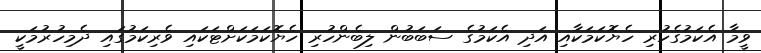
ވީމާ އެކަމުގެހުރި ހެޔޮކަމަކާއި އަދި އެކަމުގެ ސަބަބުން ލިބެންހުރި ހެޔޮކަމަކަށްޓަކައި ވެރިކަމުގައި ދެމިހުރުމަކީ